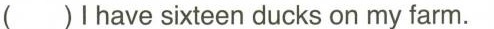
( )Ihave sixteen ducks on my farm.